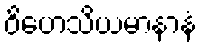
ဝိဟေသိယမာနာနံ